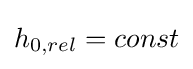
h_{0,rel}=const